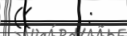
((      :